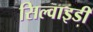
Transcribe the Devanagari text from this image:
सिल्वाइडी